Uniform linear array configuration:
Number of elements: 12
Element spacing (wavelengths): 0.5
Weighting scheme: exponential
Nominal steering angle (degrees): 60
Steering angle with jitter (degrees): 59.968
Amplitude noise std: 0.05
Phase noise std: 0.05

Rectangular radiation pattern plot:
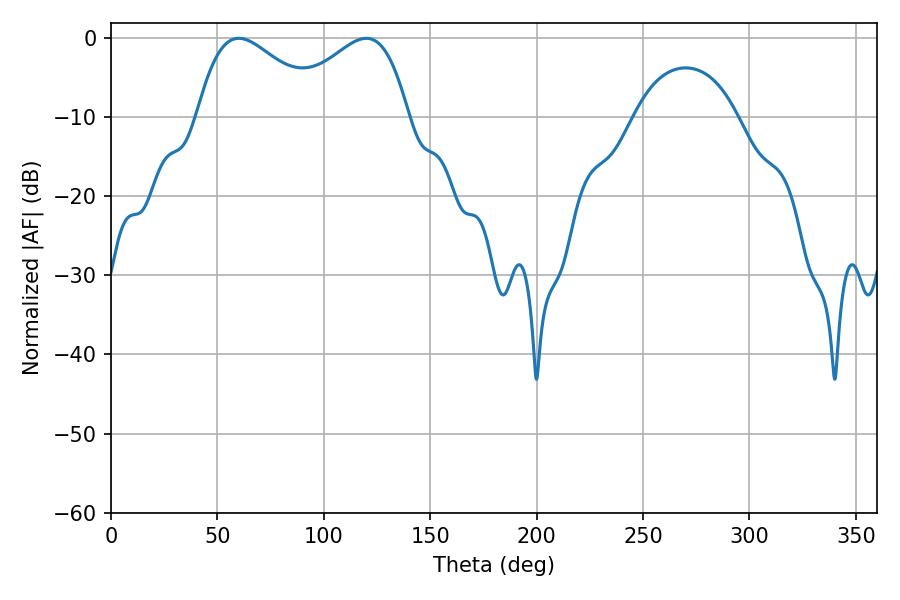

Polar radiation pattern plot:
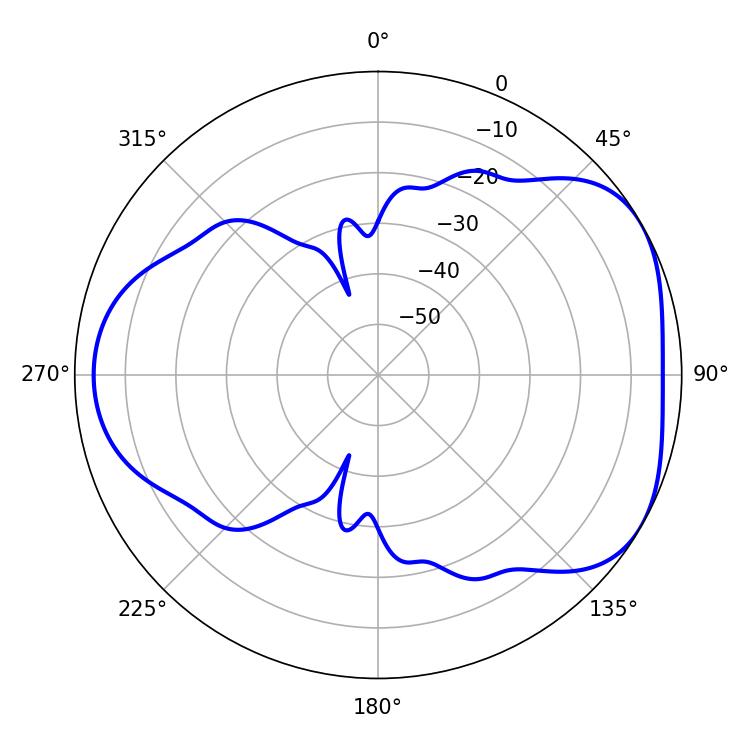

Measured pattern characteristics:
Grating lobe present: FALSE
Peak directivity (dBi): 4.404
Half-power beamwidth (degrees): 31.86
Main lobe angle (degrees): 60.12